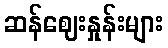
ဆန်ဈေးနှုန်းများ